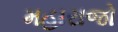
મહારાજો